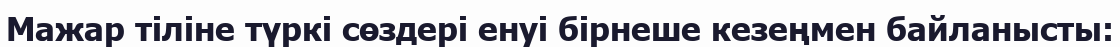
Мажар тіліне түркі сөздері енуі бірнеше кезеңмен байланысты: